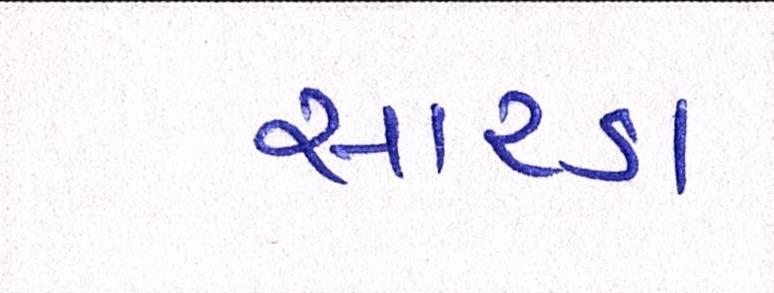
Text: સારડા